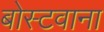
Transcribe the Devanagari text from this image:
बोस्टवाना